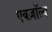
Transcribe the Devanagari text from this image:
एबज़ॉल्व